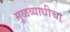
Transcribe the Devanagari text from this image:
मूळव्याधीचा